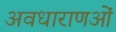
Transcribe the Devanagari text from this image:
अवधाराणओं